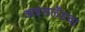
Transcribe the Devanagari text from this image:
आइसलँडचा